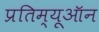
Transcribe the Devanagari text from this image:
प्रतिम्यूऑन